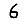
Digit: 6